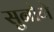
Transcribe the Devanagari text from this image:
सुनोगे